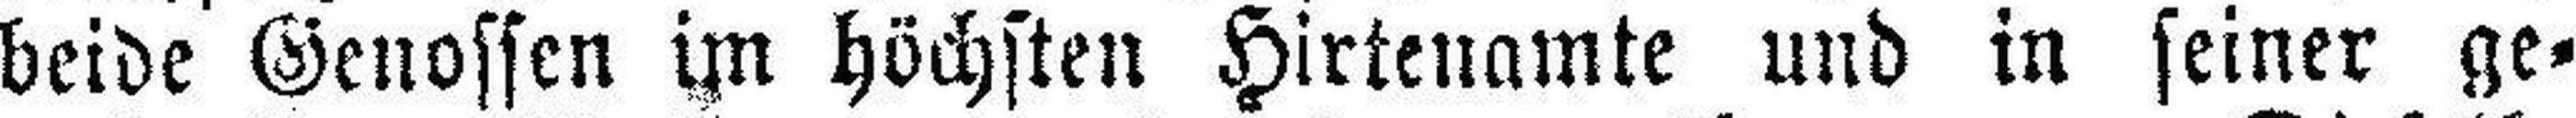
beide Genossen im höchsten Hirtenamte und in seiner ge¬